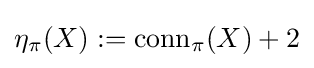
\eta _{\pi }(X):={\text{conn}}_{\pi }(X)+2